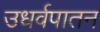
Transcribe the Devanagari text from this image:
उधर्वपातन